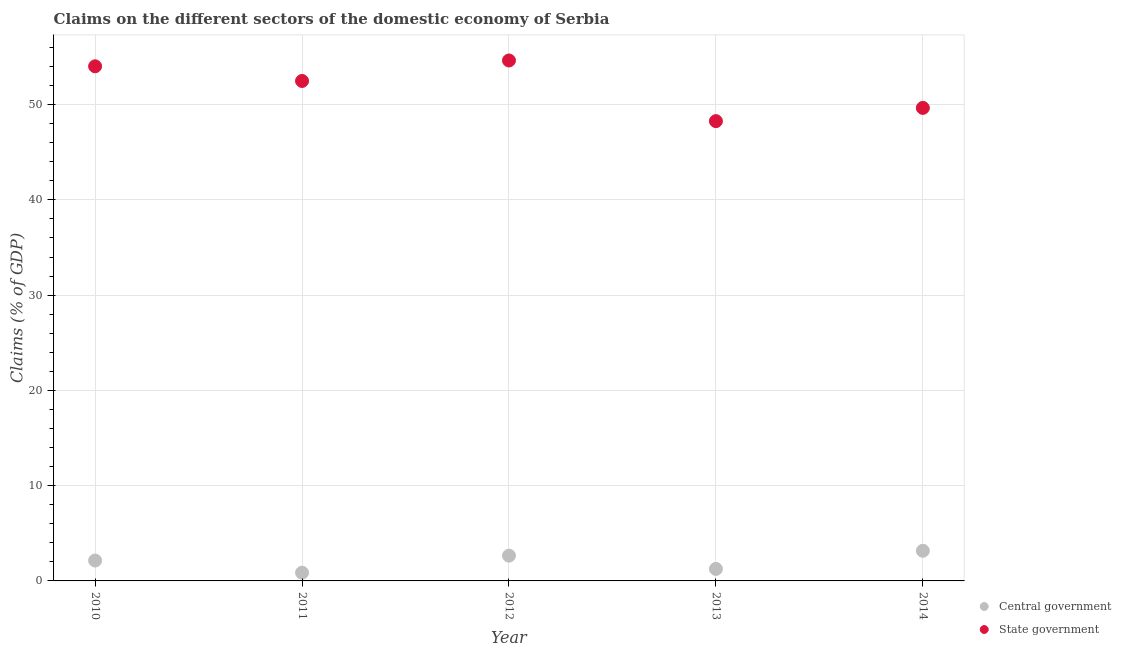
| Year | Central government | State government |
 | --- | --- | --- |
 | 2010 | 2.14 | 54 |
 | 2011 | 0.867 | 52.5 |
 | 2012 | 2.65 | 54.6 |
 | 2013 | 1.26 | 48.3 |
 | 2014 | 3.16 | 49.7 |